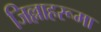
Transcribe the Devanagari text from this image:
जिल्लाहरूमा